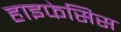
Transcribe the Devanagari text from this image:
हाइफेसिस